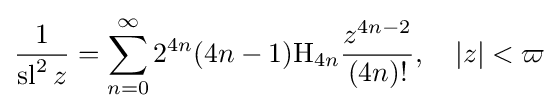
{\frac {1}{\operatorname {sl} ^{2}z}}=\sum _{n=0}^{\infty }2^{4n}(4n-1)\mathrm {H} _{4n}{\frac {z^{4n-2}}{(4n)!}},\quad \left|z\right|<\varpi